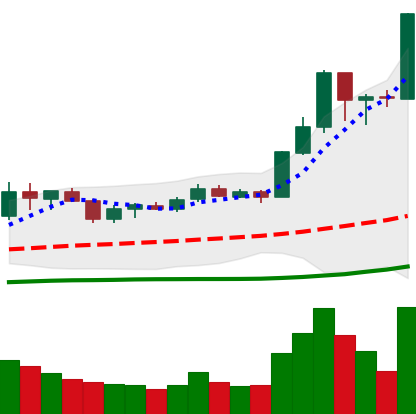
Ticker: LINK-USD
Chart end date: 2020-07-12
Forward return: 13.288%
Label: up_7plus